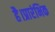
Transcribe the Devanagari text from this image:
है।प्रारंभिक